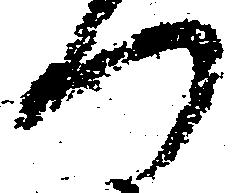
門